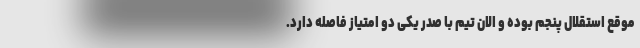
موقع استقلال پنجم بوده و الان تیم با صدر یکی دو امتیاز فاصله دارد.